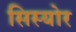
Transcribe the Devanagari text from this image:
सिस्योर